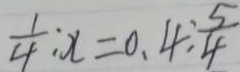
\frac { 1 } { 4 } : x = 0 . 4 \div \frac { 5 } { 4 }